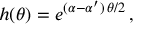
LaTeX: h ( \theta ) = e ^ { ( \alpha - \alpha ^ { \prime } ) \, \theta / 2 } \, ,